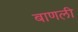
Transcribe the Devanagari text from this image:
बाणली